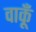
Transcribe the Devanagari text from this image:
वाकूँ